Vaccination North-Western Provinces 1866-1877 - 1866-1877
Year: 1866
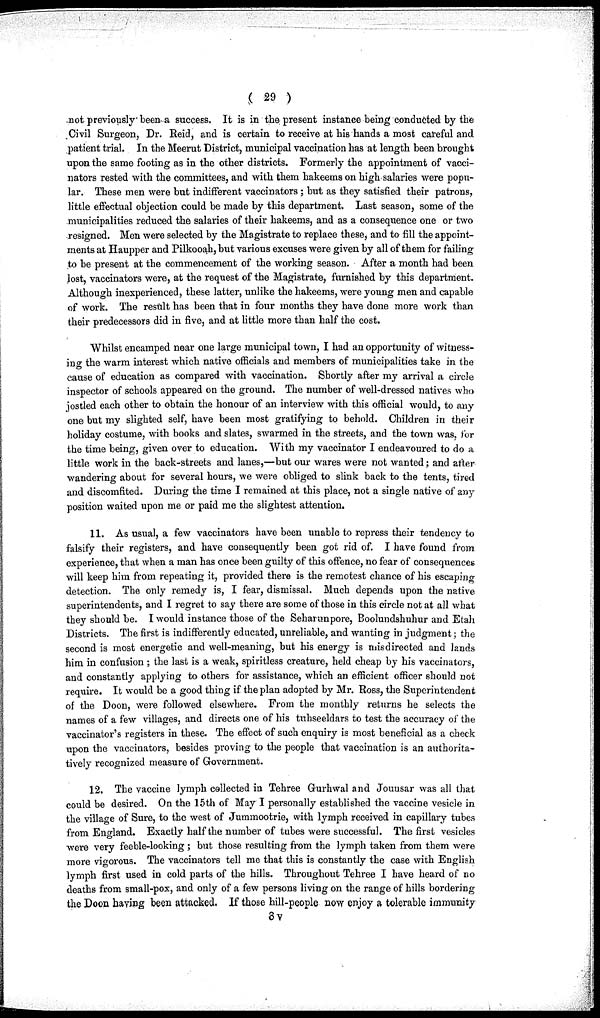
( 29 )
not previously been a success. It is in the present instance being conducted by the
Civil Surgeon, Dr. Reid, and is certain to receive at his hands a most careful and
patient trial. In the Meerut District, municipal vaccination has at length been brought
upon the same footing as in the other districts. Formerly the appointment of vacci-
nators rested with the committees, and with them hakeems on high salaries were popu-
lar. These men were but indifferent vaccinators ; but as they satisfied their patrons,
little effectual objection could be made by this department. Last season, some of the
municipalities reduced the salaries of their hakeems, and as a consequence one or two
resigned. Men were selected by the Magistrate to replace these, and to fill the appoint-
ments at Haupper and Pilkooah, but various excuses were given by all of them for failing
to be present at the commencement of the working season. After a month had been
lost, vaccinators were, at the request of the Magistrate, furnished by this department.
Although inexperienced, these latter, unlike the hakeems, were young men and capable
of work. The result has been that in four months they have done more work than
their predecessors did in five, and at little more than half the cost.
Whilst encamped near one large municipal town, I had an opportunity of witness-
ing the warm interest which native officials and members of municipalities take in the
cause of education as compared with vaccination. Shortly after my arrival a circle
inspector of schools appeared on the ground. The number of well-dressed natives who
jostled each other to obtain the honour of an interview with this official would, to any
one but my slighted self, have been most gratifying to behold. Children in their
holiday costume, with books and slates, swarmed in the streets, and the town was, for
the time being, given over to education. With my vaccinator I endeavoured to do a
little work in the back-streets and lanes,—but our wares were not wanted; and after
wandering about for several hours, we were obliged to slink back to the tents, tired
and discomfited. During the time I remained at this place, not a single native of any
position waited upon me or paid me the slightest attention.
11. As usual, a few vaccinators have been unable to repress their tendency to
falsify their registers, and have consequently been got rid of. I have found from
experience, that when a man has once been guilty of this offence, no fear of consequences
will keep him from repeating it, provided there is the remotest chance of his escaping
detection. The only remedy is, I fear, dismissal. Much depends upon the native
superintendents, and I regret to say there are some of those in this circle not at all what
they should be. I would instance those of the Seharunpore, Boolundshuhur and Etah
Districts. The first is indifferently educated, unreliable, and wanting in judgment; the
second is most energetic and well-meaning, but his energy is misdirected and lands
him in confusion ; the last is a weak, spiritless creature, held cheap by his vaccinators,
and constantly applying to others for assistance, which an efficient officer should not
require. It would be a good thing if the plan adopted by Mr. Ross, the Superintendent
of the Doon, were followed elsewhere. From the monthly returns he selects the
names of a few villages, and directs one of his tuhseeldars to test the accuracy of the
vaccinator's registers in these. The effect of such enquiry is most beneficial as a check
upon the vaccinators, besides proving to the people that vaccination is an authorita-
tively recognized measure of Government.
12. The vaccine lymph collected in Tehree Gurhwal and Jounsar was all that
could be desired. On the 15th of May I personally established the vaccine vesicle in
the village of Sure, to the west of Jummootrie, with lymph received in capillary tubes
from England. Exactly half the number of tubes were successful. The first vesicles
were very feeble-looking ; but those resulting from the lymph taken from them were
more vigorous. The vaccinators tell me that this is constantly the case with English
lymph first used in cold parts of the hills. Throughout Tehree I have heard of no
deaths from small-pox, and only of a few persons living on the range of hills bordering
the Doon having been attacked. If those hill-people now enjoy a tolerable immunity
8v